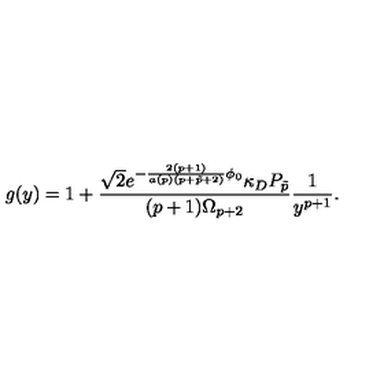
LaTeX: g ( y ) = 1 + { \frac { \sqrt { 2 } e ^ { - { \frac { 2 ( p + 1 ) } { a ( p ) ( p + \tilde { p } + 2 ) } } \phi _ { 0 } } \kappa _ { D } P _ { \tilde { p } } } { ( p + 1 ) \Omega _ { p + 2 } } } { \frac { 1 } { y ^ { p + 1 } } } .